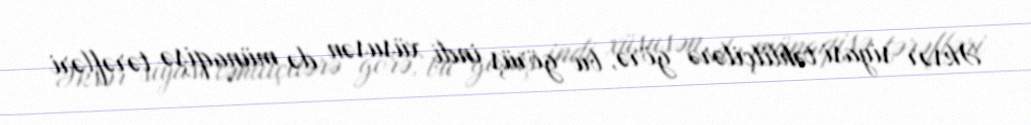
Əksər siyasi təhlilçilərə görə, bu görüş indi xüsusən də münaqişə tərəfləri